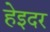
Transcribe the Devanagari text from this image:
हेइदर